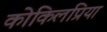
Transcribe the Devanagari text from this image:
कोकिलप्रिया